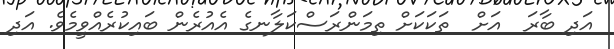
އަދި ބާރަ  އަށް  ތަކަކަށް ތިމަންރަސްކަލާނގެ އެއުރެން ބައިކުރެއްވީމެވެ. އަދި